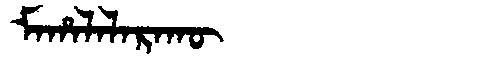
Manchu: ᠮᠠᡥᠠᠯᠠᠯᠠᡵᠠᡴᡡ
Romanization: MAHALALARAKŪ